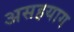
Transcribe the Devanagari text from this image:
असहयाग